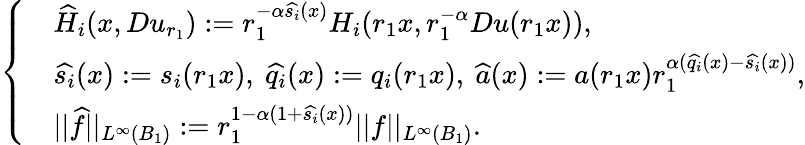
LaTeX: \left\{ \begin{array}{rl}&{\widehat{H}_{i}(x,Du_{r_{1}}):=r_{1}^{-\alpha\widehat{s_{i}}(x)}H_{i}(r_{1}x,r_{1}^{-\alpha}Du(r_{1}x)),}\\ &{\widehat{s_{i}}(x):=s_{i}(r_{1}x),\ \widehat{q_{i}}(x):=q_{i}(r_{1}x),\ \widehat{a}(x):=a(r_{1}x)r_{1}^{\alpha(\widehat{q_{i}}(x)-\widehat{s_{i}}(x))},}\\ &{||\widehat{f}||_{L^{\infty}(B_{1})}:=r_{1}^{1-\alpha(1+\widehat{s_{i}}(x))}||f||_{L^{\infty}(B_{1})}.}\end{array}\right.